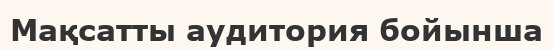
Мақсатты аудитория бойынша